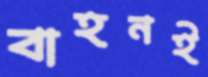
বাহনই